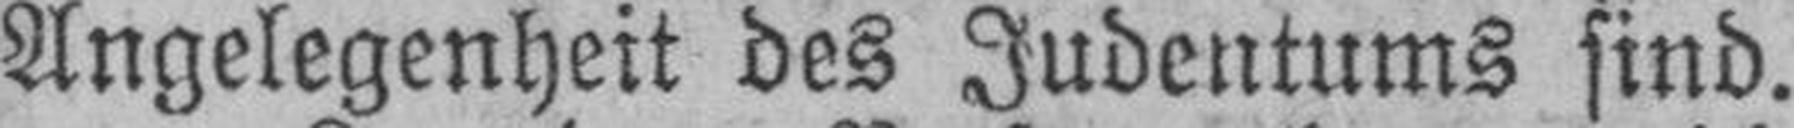
Angelegenheit des Judentums sind.